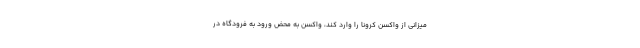
میزانی از واکسن کرونا را وارد کند، واکسن به محض ورود به فرودگاه در